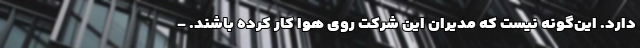
دارد. این‌گونه نیست که مدیران این شرکت روی هوا کار کرده باشند. -